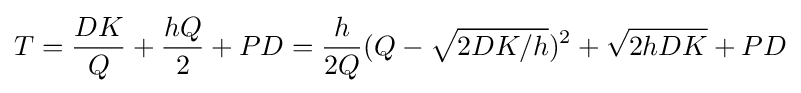
T={\frac {DK}{Q}}+{\frac {hQ}{2}}+PD={\frac {h}{2Q}}(Q-{\sqrt {2DK/h}})^{2}+{\sqrt {2hDK}}+PD